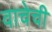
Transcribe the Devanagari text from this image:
वाचेची